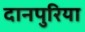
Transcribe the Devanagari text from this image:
दानपुरिया